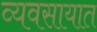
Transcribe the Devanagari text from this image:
व्‍यवसायात